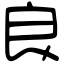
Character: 良